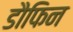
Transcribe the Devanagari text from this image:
डौफिन